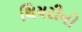
થિયરીનો